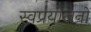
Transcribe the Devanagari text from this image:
स्वप्रयोजनों